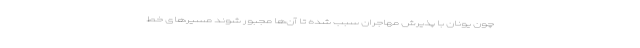
چون یونان با پذیرش مهاجران سبب شده تا آن‌ها مجبور شوند مسیرهای خط